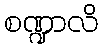
စဏ္ဍာလိ